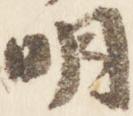
明